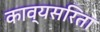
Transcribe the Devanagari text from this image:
काव्यसरिता